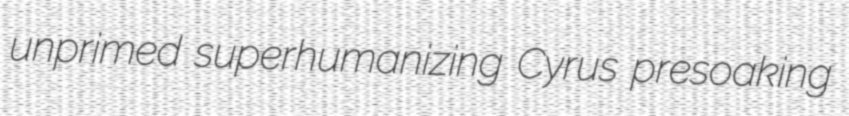
unprimed superhumanizing Cyrus presoaking